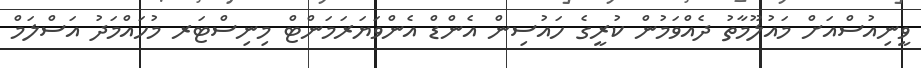
ވީނިއުސްއަށް މައުލޫމާތު ދެއްވަމުން ކުރީގެ ހައުސިން އެންޑް އެންވަޔަރަމަންޓް މިނިސްޓަރ މުހައްމަދު އަސްލަމް